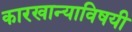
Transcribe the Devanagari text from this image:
कारखान्याविषयी